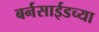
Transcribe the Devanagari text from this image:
बर्नसाईडच्या